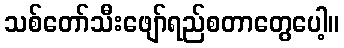
သစ်တော်သီးဖျော်ရည်စတာတွေပေါ့။